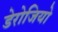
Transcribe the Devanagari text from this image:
डेरोजियो